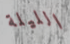
الليلة